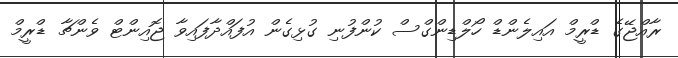
ރާއްޖޭގެ ޑްރީމް އައިލެންޑް ހޯލްޑިންގްސް ކުންފުނި ގުޅިގެން އުފައްދާފައިވާ ޖޮއިންޓް ވެންޗާ ޑްރީމް